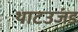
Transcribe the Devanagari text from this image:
थाटउजंड